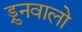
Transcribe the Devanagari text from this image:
ड्रुनवालो